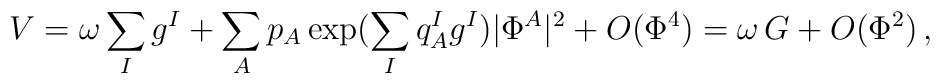
V=\omega \sum_{I}g^I+\sum_{A}p_A\exp(\sum_{I}q^I_Ag^I)|\Phi^A|^2+O(\Phi^4) = \omega\, G + O(\Phi^2) \, ,